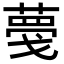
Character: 𦸑